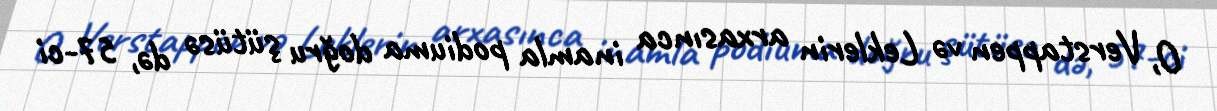
O, Verstappen və Leklerin arxasınca inamla podiuma doğru şütüsə də, 57-ci